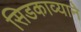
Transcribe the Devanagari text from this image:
सिडकाव्याने